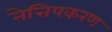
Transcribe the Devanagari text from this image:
नेत्तिपकरण